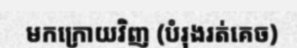
មកក្រោយវិញ (បំរុងរត់គេច)